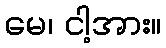
မေ၊ ငါ့အား။